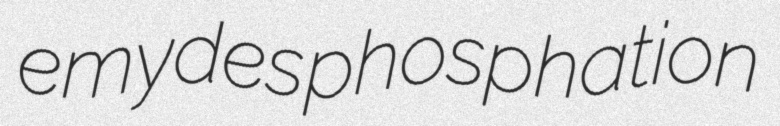
emydes phosphation